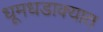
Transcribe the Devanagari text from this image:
धूमधडाक्यात